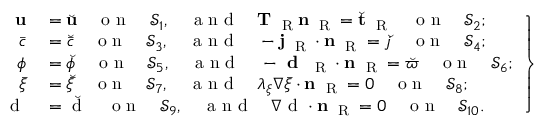
\left. \begin{array} { r l } { { \bf u } } & { { } = \breve { { \bf u } } \quad \mathrm { ~ o ~ n ~ } \quad \mathcal { S } _ { 1 } , \quad \mathrm { ~ a ~ n ~ d ~ } \quad { \bf T } _ { \mathrm { ~ \tiny ~ R ~ } } { \bf n } _ { \mathrm { ~ \tiny ~ R ~ } } = \breve { { \bf t } } _ { \mathrm { ~ \tiny ~ R ~ } } \quad \mathrm { ~ o ~ n ~ } \quad \mathcal { S } _ { 2 } ; } \\ { \bar { c } } & { { } = \breve { \bar { c } } \quad \mathrm { ~ o ~ n ~ } \quad \mathcal { S } _ { 3 } , \quad \mathrm { ~ a ~ n ~ d ~ } \quad - { \bf j } _ { \mathrm { ~ \tiny ~ R ~ } } \cdot { \bf n } _ { \mathrm { ~ \tiny ~ R ~ } } = \breve { j } \quad \mathrm { ~ o ~ n ~ } \quad \mathcal { S } _ { 4 } ; } \\ { \phi } & { { } = \breve { \phi } \quad \mathrm { ~ o ~ n ~ } \quad \mathcal { S } _ { 5 } , \quad \mathrm { ~ a ~ n ~ d ~ } \quad - \textbf { d } _ { \mathrm { ~ \tiny ~ R ~ } } \cdot { \bf n } _ { \mathrm { ~ \tiny ~ R ~ } } = \breve { \varpi } \quad \mathrm { ~ o ~ n ~ } \quad \mathcal { S } _ { 6 } ; } \\ { \bar { \xi } } & { { } = \breve { \bar { \xi } } \quad \mathrm { ~ o ~ n ~ } \quad \mathcal { S } _ { 7 } , \quad \mathrm { ~ a ~ n ~ d ~ } \quad \lambda _ { \xi } \nabla \bar { \xi } \cdot { \bf n } _ { \mathrm { ~ \tiny ~ R ~ } } = 0 \quad \mathrm { ~ o ~ n ~ } \quad \mathcal { S } _ { 8 } ; } \\ { \mathrm { ~ d ~ } } & { { } = \breve { \mathrm { ~ d ~ } } \quad \mathrm { ~ o ~ n ~ } \quad \mathcal { S } _ { 9 } , \quad \mathrm { ~ a ~ n ~ d ~ } \quad { \nabla \mathrm { ~ d ~ } } \cdot { \bf n } _ { \mathrm { ~ \tiny ~ R ~ } } = 0 \quad \mathrm { ~ o ~ n ~ } \quad \mathcal { S } _ { 1 0 } . } \end{array} \right\}